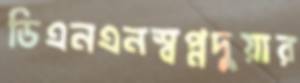
ডিএনএনস্বপ্নদুয়ার